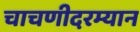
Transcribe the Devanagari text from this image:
चाचणीदरम्यान